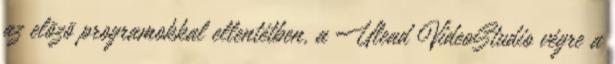
az elõzõ programokkal ellentétben, a Ulead VideoStudio végre a